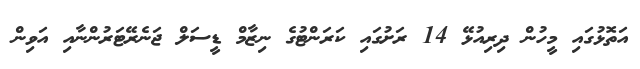
އަތޮޅުގައި މީހުން ދިރިއުޅޭ 14 ރަށުގައި ކަރަންޓުގެ ނިޒާމް ޑީސަލް ޖަނެރޭޓަރުންނާއި އަވިން